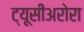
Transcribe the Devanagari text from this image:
ट्यूसीअरोरा